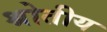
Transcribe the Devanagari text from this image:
श्रोतीय